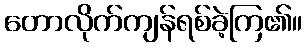
တောလိုက်ကျန်ရစ်ခဲ့ကြ၏။